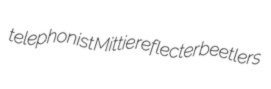
telephonist Mittie reflecter beetlers